Civil Veterinary Dept. Assam report 1927-50 - 1927-1950
Year: 1927
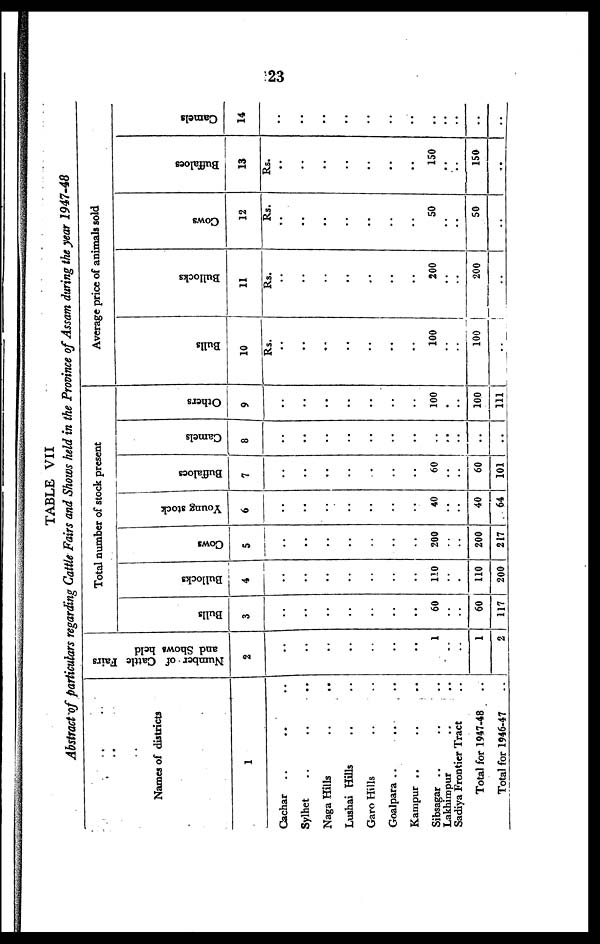
23
TABLE VII
Abstract of particulars regarding Cattle Fairs and Shows held in the Province of Assam during the year 1947-48
Names of districts
1
Cachar .. .. ..
Sylhet .. .. ..
Naga Hills .. ..
Lushai Hills .. ..
Garo Hills .. ..
Goalpara .. .. ..
Kampur .. .. ..
Sibsagar .. .. ..
Lakhirnpur .. ..
Sadiya Frontier Tract ..
Total for 1947-48 ..
Total for 1946-47 ..
Number of Cattle Fairs
and Shows held
2
..
..
..
..
..
..
..
1
..
..
1
2
Total number of stock present
Bulls
3
..
..
..
..
..
..
..
60
..
..
60
117
Bullocks
4
..
..
..
..
..
..
..
110
..
..
110
200
Cows
5
..
..
..
..
..
..
..
200
..
..
200
217
Young stock
6
..
..
..
..
..
..
..
40
..
..
40
64
Buffaloes
7
..
..
..
..
..
..
..
60
..
..
60
101
Camels
8
..
..
..
..
..
..
..
..
..
Others
9
..
..
..
..
..
..
..
100
..
..
100
111
Average price of animals sold
Bulls
10
Rs.
..
..
..
..
..
..
..
100
..
..
100
..
Bullocks
11
Rs.
..
..
..
..
..
..
..
200
..
..
200
..
Cows
12
Rs.
..
..
..
..
..
..
..
50
..
..
50
..
Buffaloes
13
Rs.
..
..
..
..
..
..
..
150
..
..
150
..
Camels
14
..
..
..
..
..
..
..
..
..
..
..
..